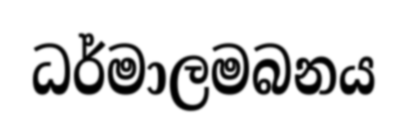
ධර්මාලමබනය